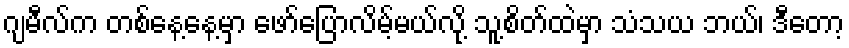
ဂျမီလ်က တစ်နေ့နေ့မှာ ဖော်ပြောလိမ့်မယ်လို့ သူ့စိတ်ထဲမှာ သံသယ ဘယ်၊ ဒီတော့